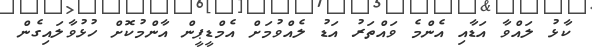
ކާޅު ލައްވާ އަޑާއި އެންމެ ވައްތަރު އަޑު ލެއްވުމަށް އެމްޑީޕީން އާންމުކޮށް ހުޅުވާލައިގެން